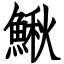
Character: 鰍